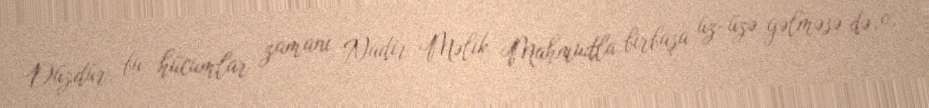
Düzdür, bu hücumlar zamanı Nadir Məlik Mahmudla birbaşa üz-üzə gəlməsə də, o,